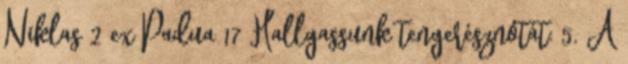
Niklas 2 ex Padua 17 Hallgassunk tengerésznótát: 5. A